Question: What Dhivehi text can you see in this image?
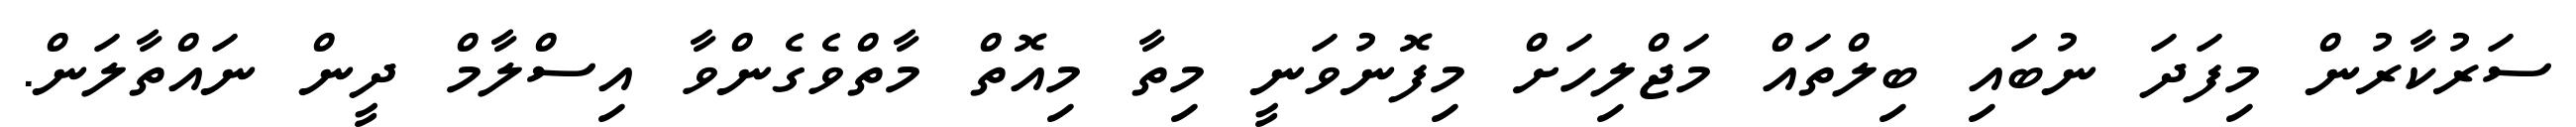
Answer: ސަރުކާރުން މިފަދަ ނުބައި ބިލްތައް މަޖްލިހަށް މިފޮނުވަނީ މިތާ މިއޮތް މާތްވެގެންވާ އިސްލާމް ދީން ނައްތާލަން.